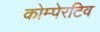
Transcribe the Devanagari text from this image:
कोम्पेरटिव